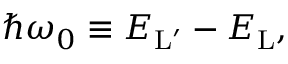
\hbar \omega _ { 0 } \equiv { E } _ { \mathrm { L } ^ { \prime } } - { E } _ { \mathrm { L } } ,